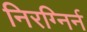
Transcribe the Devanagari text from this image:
निरग्निर्न